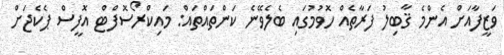
ވަޒީފާއަށް އެންމެ ޤާބިލު ފަރާތެއް ހޮވުމުގައި ބެލެވޭނެ ކަންތައްތައް: މައިކްރޯސޮފްޓް އޮފީސް ޕެކެޖަށް